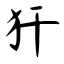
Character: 犴